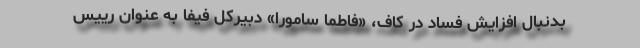
بدنبال افزایش فساد در کاف، «فاطما سامورا» دبیرکل فیفا به عنوان رییس